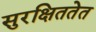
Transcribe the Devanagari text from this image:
सुरक्षिततेत